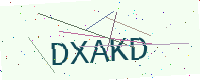
Text: DXAKD